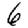
Digit: 6